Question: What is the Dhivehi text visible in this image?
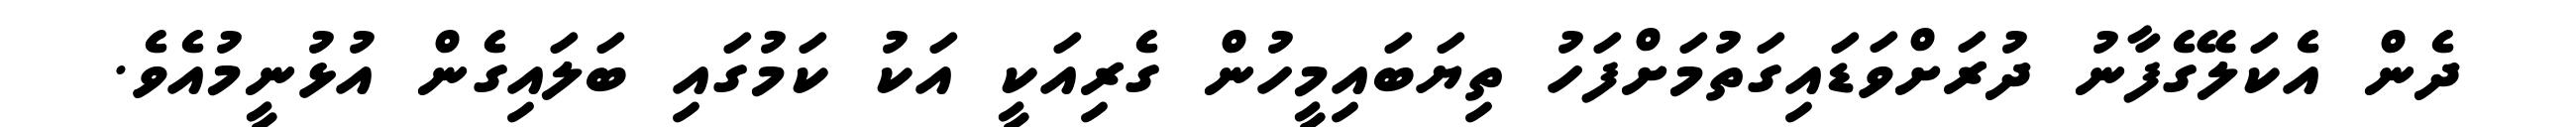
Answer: ދެން އެކަލޭގެފާނު ދުރަށްވަޑައިގަތުމަށްފަހު ތިޔަބައިމީހުން ގެރިއަކީ އަކު ކަމުގައި ބަލައިގެން އުޅުނީމުއެވެ.